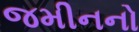
જમીનનો